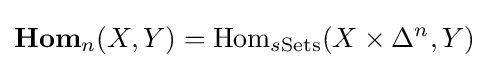
{\textbf {Hom}}_{n}(X,Y)={\text{Hom}}_{s{\text{Sets}}}(X\times \Delta ^{n},Y)